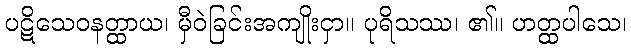
ပဋိသေဝနတ္ထာယ၊ မှီဝဲခြင်းအကျိုးငှာ။ ပုရိသဿ၊ ၏။ ဟတ္ထပါသေ၊